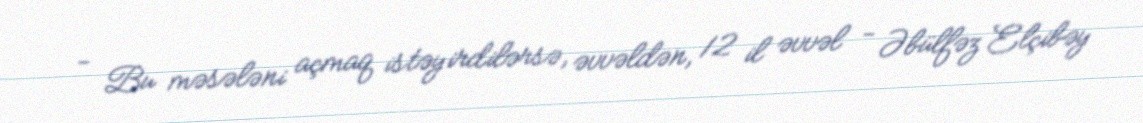
- Bu məsələni açmaq istəyirdilərsə, əvvəldən, 12 il əvvəl - Əbülfəz Elçibəy